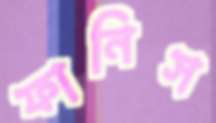
ফানিস